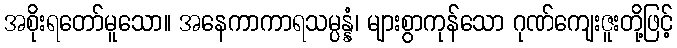
အစိုးရတော်မူသော။ အနေကာကာရသမ္ပန္နံ၊ များစွာကုန်သော ဂုဏ်ကျေးဇူးတို့ဖြင့်